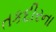
તકદીરના